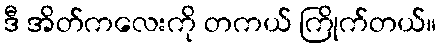
ဒီ အိတ်ကလေးကို တကယ် ကြိုက်တယ်။